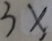
3 x